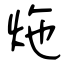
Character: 炧